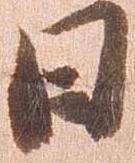
日